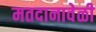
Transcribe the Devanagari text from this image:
मतदानावेळी